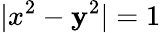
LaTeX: |x^{2}-\mathbf{y}^{2}|=1